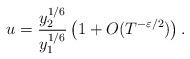
LaTeX: \begin{align*}u = \frac{y_2^{1/6}}{y_1^{1/6}}\left(1 + O(T^{-\varepsilon/2})\right).\end{align*}